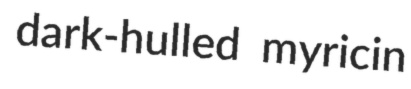
dark-hulled myricin